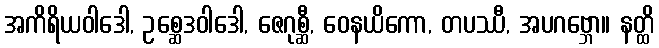
အကိရိယဝါဒေါ, ဥစ္ဆေဒဝါဒေါ, ဇေဂုစ္ဆီ, ဝေနယိကော, တပဿီ, အပဂဗ္ဘော။ နတ္ထိ